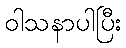
ဝါသနာပါပြီး